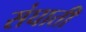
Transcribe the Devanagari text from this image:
संघाती